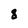
Character: 8